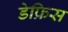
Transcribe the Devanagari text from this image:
डेफ्रिस